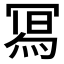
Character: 𭂁